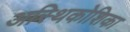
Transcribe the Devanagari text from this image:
अस्थिकोशिका